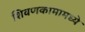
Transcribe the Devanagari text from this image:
शिवणकामामध्ये